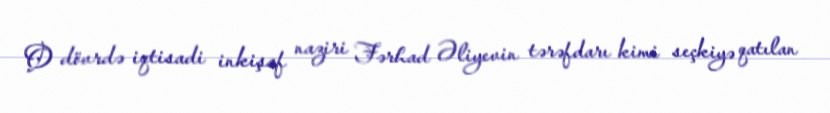
O dövrdə iqtisadi inkişaf naziri Fərhad Əliyevin tərəfdarı kimi seçkiyə qatılan